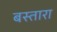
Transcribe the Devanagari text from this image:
बस्तारा